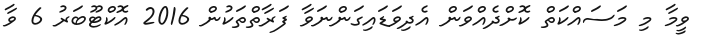
ވީމާ މި މަސައްކަތް ކޮށްދެއްވަން އެދިވަޑައިގަންނަވާ ފަރާތްތަކުން 2016 އޮކްޓޫބަރު 6 ވާ